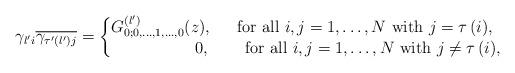
LaTeX: \begin{align*}\gamma_{l'i}\overline{\gamma_{\tau'\left(l'\right)j}}=\left\{ \begin{matrix} G^{\left(l'\right)}_{0;0, \dots,1,\dots, 0}(z),&\mbox{ for all $i,j=1,\dots,N$ with $j= \tau\left(i\right) $,} \\ \quad\quad\quad\quad\quad0,&\quad\mbox{ for all $i,j=1,\dots,N$ with $j\neq \tau\left(i\right) $,} \end{matrix} \right.\end{align*}